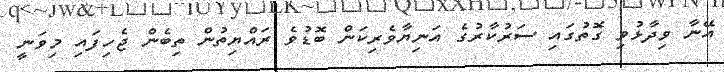
އޭނާ ވިދާޅުވި ގޮތުގައި ސަރުކާރުގެ އަނިޔާވެރިކަން ބޮޑުވެ ރައްޔިތުން ތިބެން ޖެހިފައި މިވަނީ